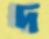
দ